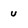
Character: u